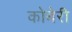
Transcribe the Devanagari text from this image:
कोबेरी